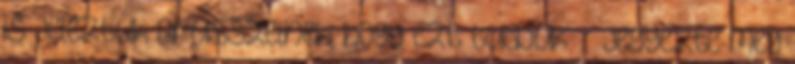
is jeleztük Brüsszelnek, hogy ezt tudjuk” – jegyezte meg